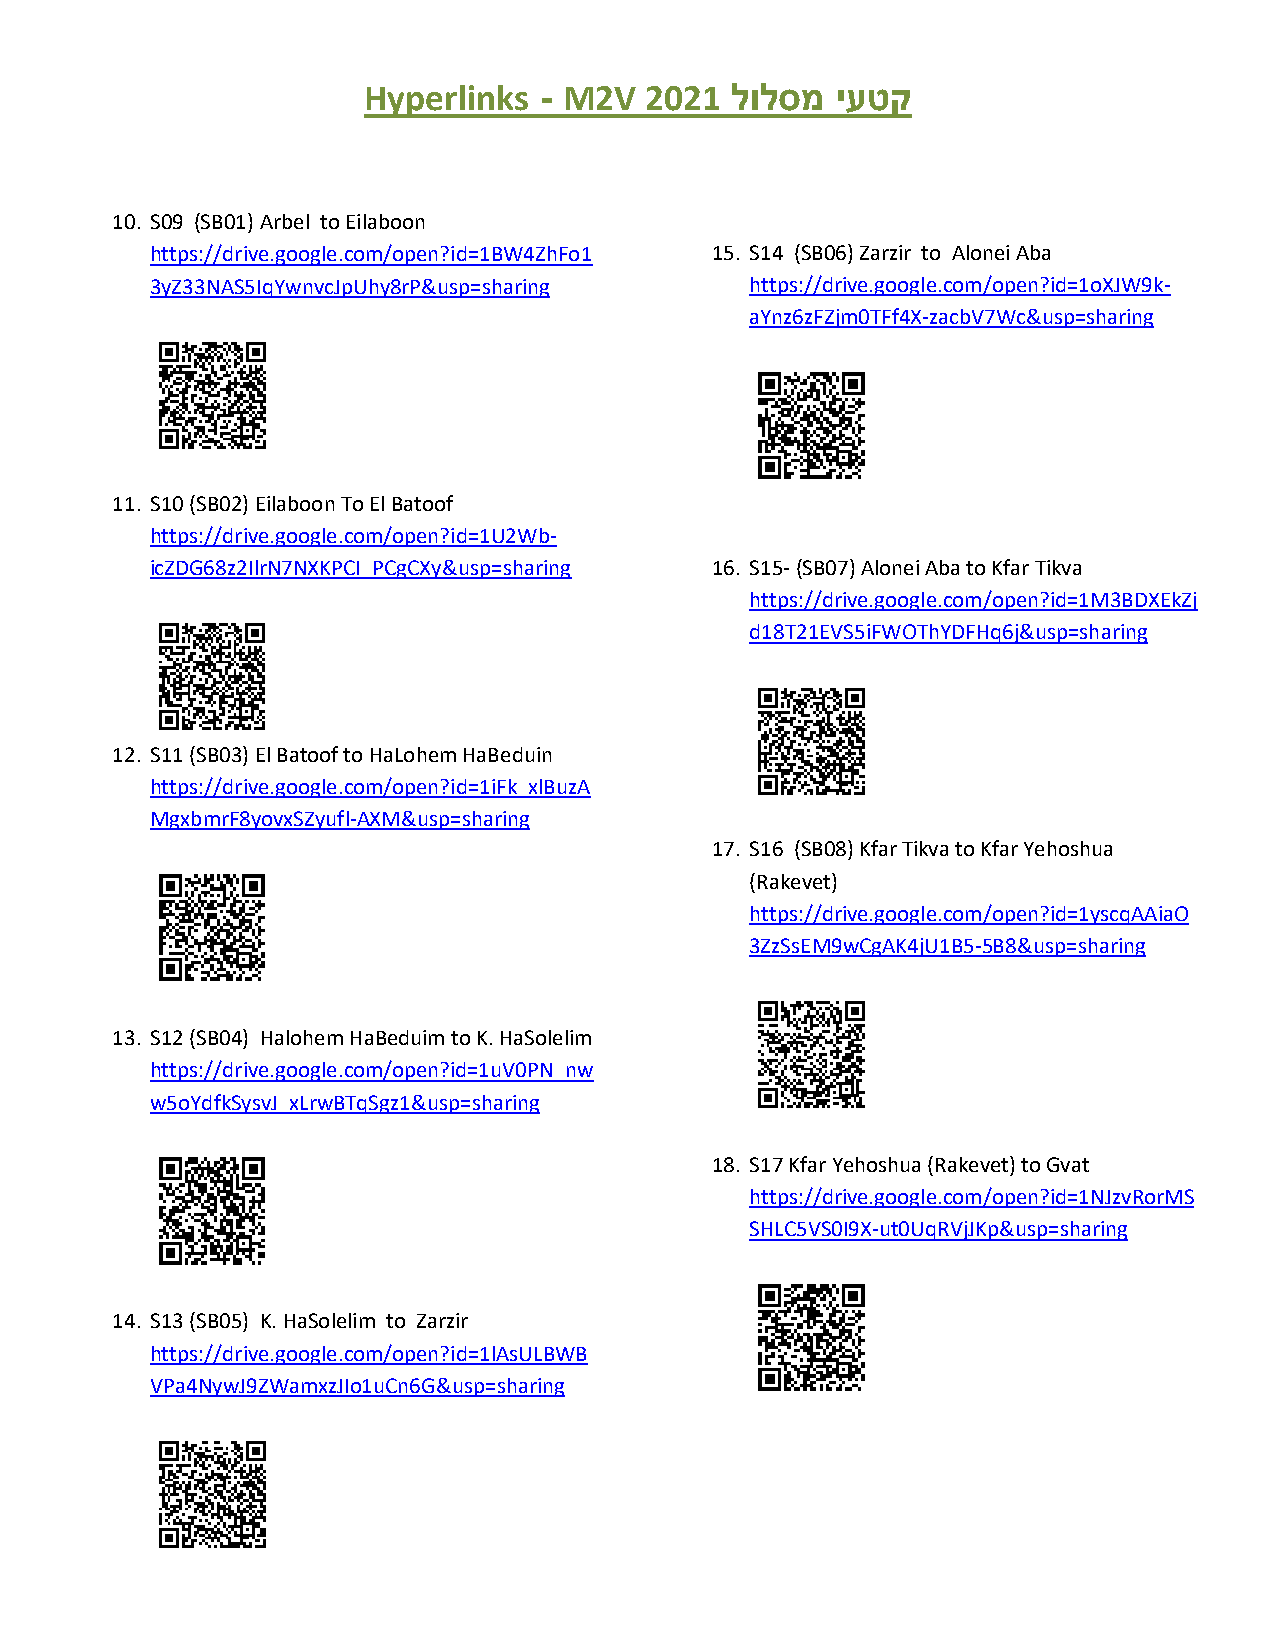
Hyperlinks  - M2V  2021 לולסמ  יעטק
 10. S09 (SB01) Arbel to Eilaboon
 https://drive.google.com/open?id=1BW4ZhFo1 15. S14 (SB06) Zarzir to Alonei Aba
 3yZ33NAS5IqYwnvcJpUhy8rP&usp=sharing    https://drive.google.com/open?id=1oXJW9k-
 aYnz6zFZjm0TFf4X-zacbV7Wc&usp=sharing
 11. S10 (SB02) Eilaboon To El Batoof
 https://drive.google.com/open?id=1U2Wb-
 icZDG68z2IlrN7NXKPCI_PCgCXy&usp=sharing 16. S15- (SB07) Alonei Aba to Kfar Tikva
 https://drive.google.com/open?id=1M3BDXEkZj
 d18T21EVS5iFWOThYDFHq6j&usp=sharing
 12. S11 (SB03) El Batoof to HaLohem HaBeduin
 https://drive.google.com/open?id=1iFk_xlBuzA
 MgxbmrF8yovxSZyufl-AXM&usp=sharing
 17. S16 (SB08) Kfar Tikva to Kfar Yehoshua
 (Rakevet)
 https://drive.google.com/open?id=1yscqAAiaO
 3ZzSsEM9wCgAK4jU1B5-5B8&usp=sharing
 13. S12 (SB04) Halohem HaBeduim to K. HaSolelim
 https://drive.google.com/open?id=1uV0PN_nw
 w5oYdfkSysvJ_xLrwBTqSgz1&usp=sharing
 18. S17 Kfar Yehoshua (Rakevet) to Gvat
 https://drive.google.com/open?id=1NJzvRorMS
 SHLC5VS0I9X-ut0UqRVjJKp&usp=sharing
 14. S13 (SB05) K. HaSolelim to Zarzir
 https://drive.google.com/open?id=1lAsULBWB
 VPa4NywJ9ZWamxzJIo1uCn6G&usp=sharing